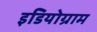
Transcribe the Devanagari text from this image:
इडियोग्राम